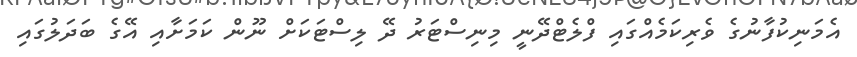
އެމަނިކުފާނުގެ ވެރިކަމެއްގައި ފްލެޓްދޭނީ މިނިސްޓަރު ދޭ ލިސްޓަކަށް ނޫން ކަމަށާއި އޭގެ ބަދަލުގައި